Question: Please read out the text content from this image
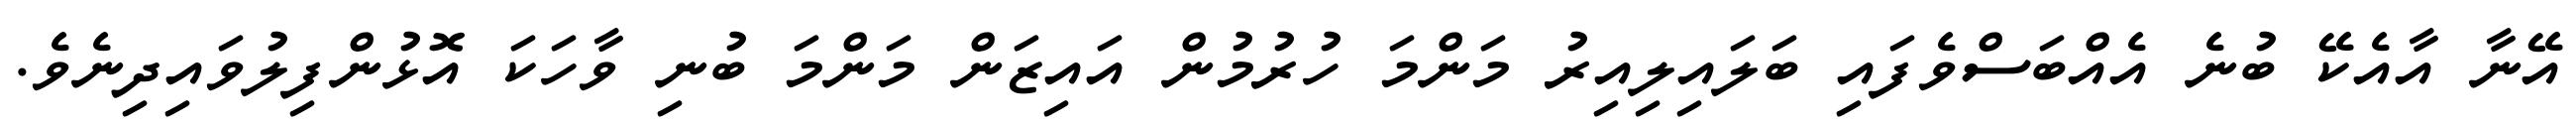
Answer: އޭނާ އާއެކޭ ބުނެ އެއްބަސްވެފައި ބަލައިލިއިރު މަންމަ ހުރުމުން އައިޒަން މަންމަ ބުނި ވާހަކަ އޮޅުންފިލުވައިދިނެވެ.